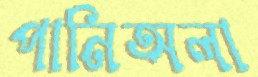
পানিঅলা